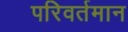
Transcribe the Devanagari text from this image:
परिवर्तमान